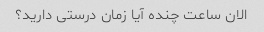
الان ساعت چنده آیا زمان درستی دارید؟